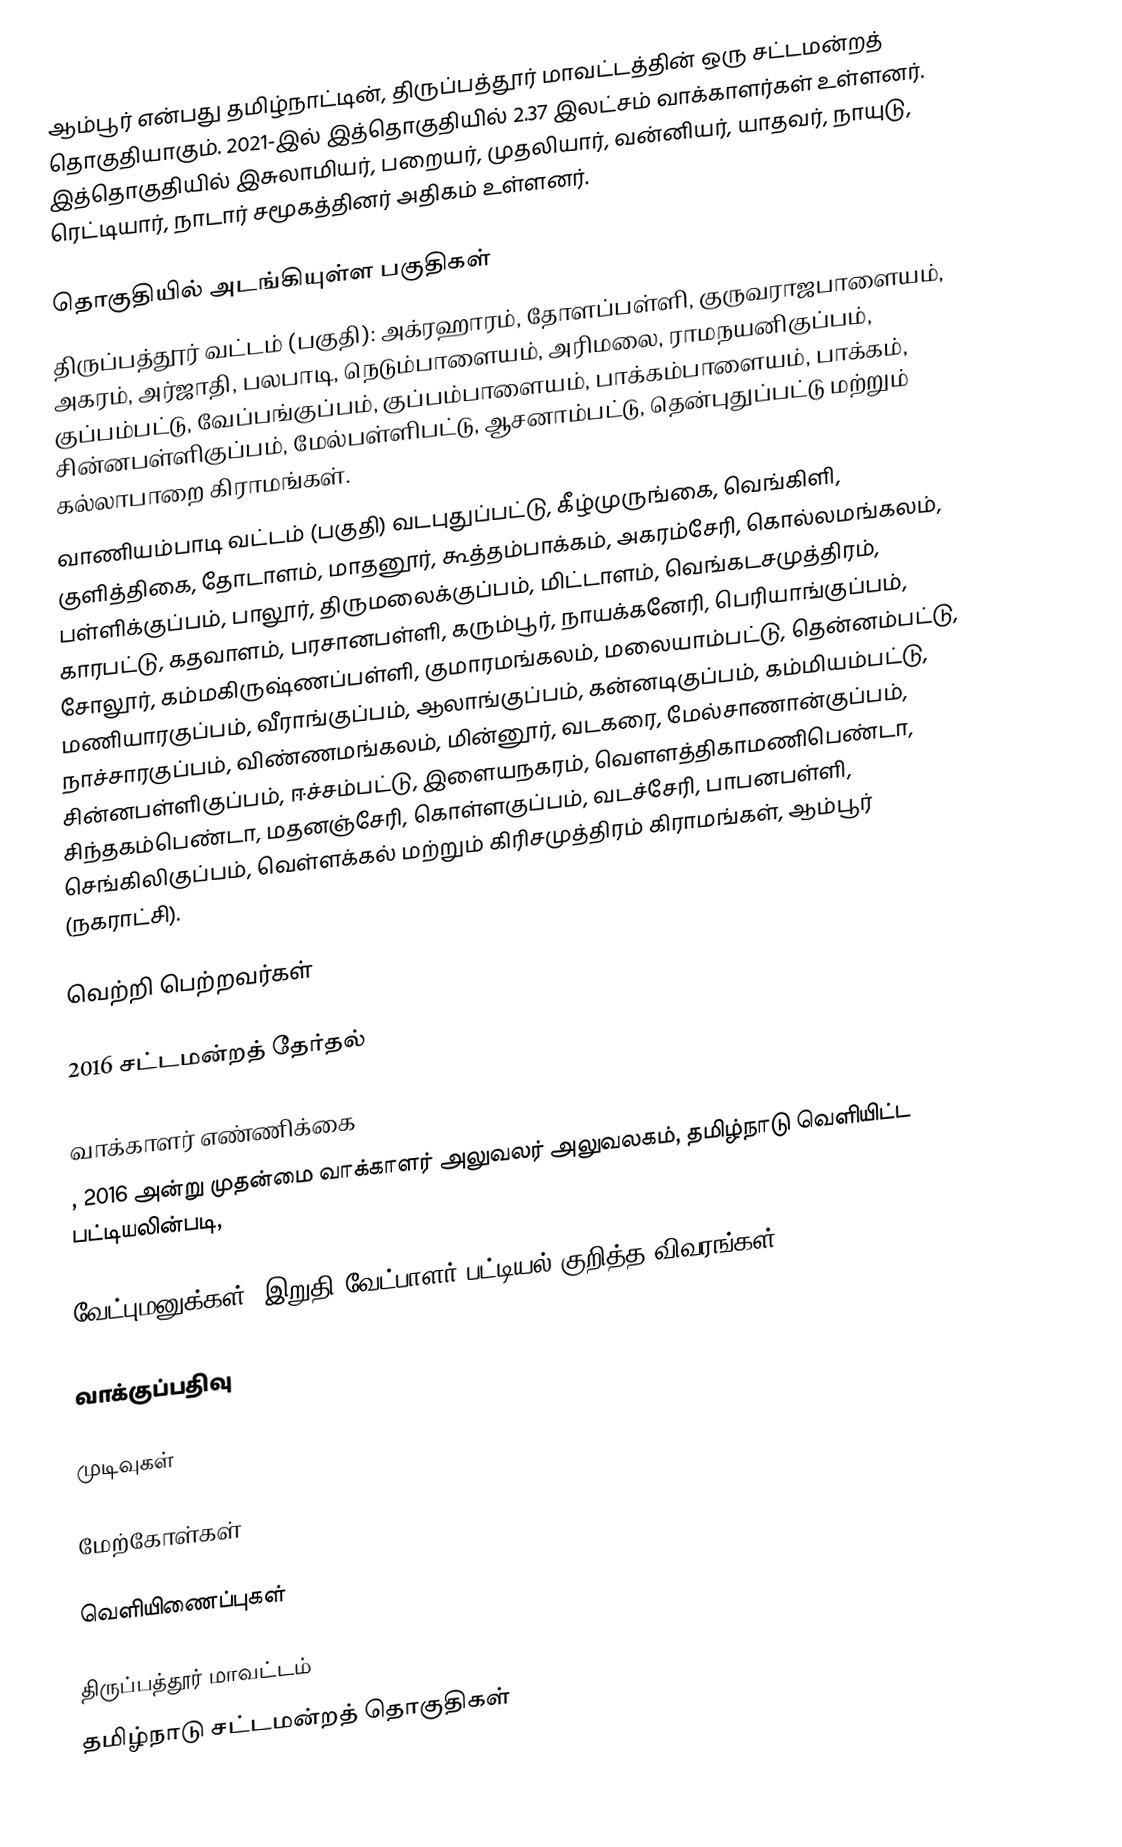
ஆம்பூர் என்பது தமிழ்நாட்டின், திருப்பத்தூர் மாவட்டத்தின் ஒரு சட்டமன்றத் தொகுதியாகும். 2021-இல் இத்தொகுதியில் 2.37 இலட்சம் வாக்காளர்கள் உள்ளனர். இத்தொகுதியில் இசுலாமியர், பறையர், முதலியார், வன்னியர், யாதவர், நாயுடு, ரெட்டியார், நாடார் சமூகத்தினர் அதிகம் உள்ளனர்.

தொகுதியில் அடங்கியுள்ள பகுதிகள்
திருப்பத்தூர் வட்டம் (பகுதி): அக்ரஹாரம், தோளப்பள்ளி, குருவராஜபாளையம், அகரம், அர்ஜாதி, பலபாடி, நெடும்பாளையம், அரிமலை, ராமநயனிகுப்பம், குப்பம்பட்டு, வேப்பங்குப்பம், குப்பம்பாளையம், பாக்கம்பாளையம், பாக்கம், சின்னபள்ளிகுப்பம், மேல்பள்ளிபட்டு, ஆசனாம்பட்டு, தென்புதுப்பட்டு மற்றும் கல்லாபாறை கிராமங்கள்.
வாணியம்பாடி வட்டம் (பகுதி) வடபுதுப்பட்டு, கீழ்முருங்கை, வெங்கிளி, குளித்திகை, தோடாளம், மாதனூர், கூத்தம்பாக்கம், அகரம்சேரி, கொல்லமங்கலம், பள்ளிக்குப்பம், பாலூர், திருமலைக்குப்பம், மிட்டாளம், வெங்கடசமுத்திரம், காரபட்டு, கதவாளம், பரசானபள்ளி, கரும்பூர், நாயக்கனேரி, பெரியாங்குப்பம், சோலூர், கம்மகிருஷ்ணப்பள்ளி, குமாரமங்கலம், மலையாம்பட்டு, தென்னம்பட்டு, மணியாரகுப்பம், வீராங்குப்பம், ஆலாங்குப்பம், கன்னடிகுப்பம், கம்மியம்பட்டு, நாச்சாரகுப்பம், விண்ணமங்கலம், மின்னூர், வடகரை, மேல்சாணான்குப்பம், சின்னபள்ளிகுப்பம், ஈச்சம்பட்டு, இளையநகரம், வெளளத்திகாமணிபெண்டா, சிந்தகம்பெண்டா, மதனஞ்சேரி, கொள்ளகுப்பம், வடச்சேரி, பாபனபள்ளி, செங்கிலிகுப்பம், வெள்ளக்கல் மற்றும் கிரிசமுத்திரம் கிராமங்கள், ஆம்பூர் (நகராட்சி).

வெற்றி பெற்றவர்கள்

2016 சட்டமன்றத் தேர்தல்

வாக்காளர் எண்ணிக்கை
, 2016 அன்று முதன்மை வாக்காளர் அலுவலர் அலுவலகம், தமிழ்நாடு வெளியிட்ட பட்டியலின்படி,

வேட்புமனுக்கள், இறுதி வேட்பாளர் பட்டியல் குறித்த விவரங்கள்

வாக்குப்பதிவு

முடிவுகள்

மேற்கோள்கள்

வெளியிணைப்புகள்

திருப்பத்தூர் மாவட்டம்
தமிழ்நாடு சட்டமன்றத் தொகுதிகள்